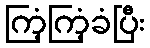
ကြံ့ကြံ့ခံပြီး